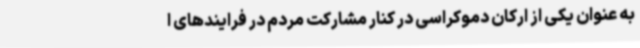
به عنوان یکی از ارکان دموکراسی در کنار مشارکت مردم در فرایندهای ا